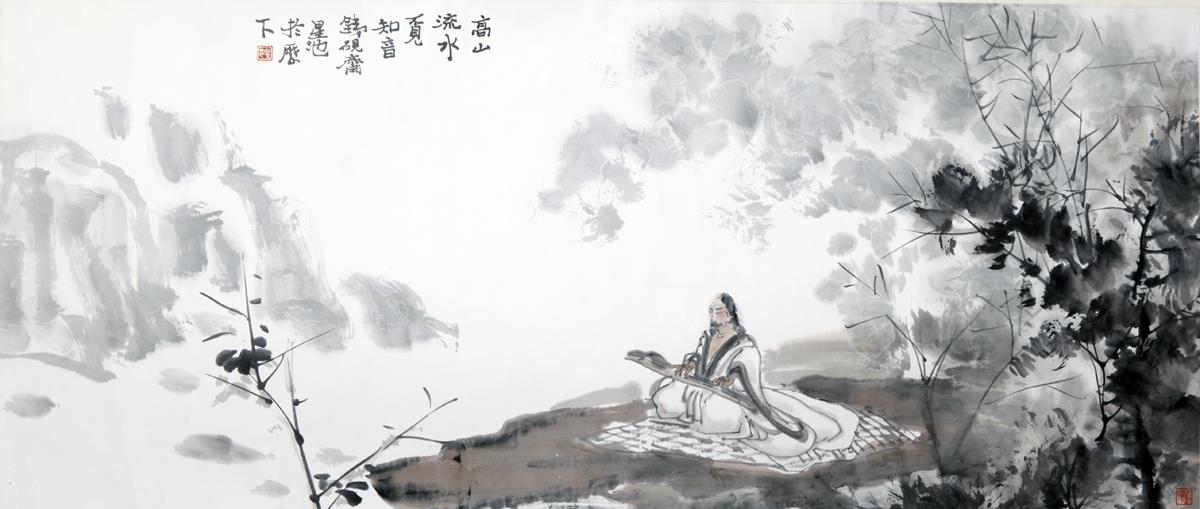
知音少，弦断有谁听。